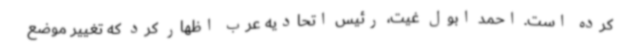
کرده است. احمد ابول غیت، رئیس اتحادیه عرب اظهار کرد که تغییر موضع